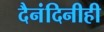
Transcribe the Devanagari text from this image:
दैनंदिनीही